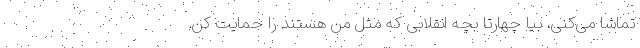
تماشا می‌کنی، بیا چهارتا بچه انقلابی که مثل من هستند را حمایت کن.